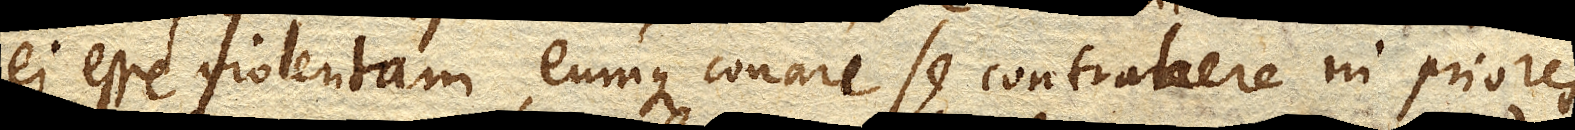
ei esse violentam, eumque conari se contrahere in priores